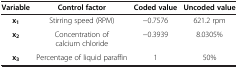
<table><thead><tr><td><b>Variable</b></td><td><b>Control factor</b></td><td><b>Coded value</b></td><td><b>Uncoded value</b></td></tr></thead><tbody><tr><td><b>x</b><sub><b>1</b></sub></td><td>Stirring speed (RPM)</td><td>−0.7576</td><td>621.2 rpm</td></tr><tr><td><b>x</b><sub><b>2</b></sub></td><td>Concentration of calcium chloride</td><td>−0.3939</td><td>8.0305%</td></tr><tr><td><b>x</b><sub><b>3</b></sub></td><td>Percentage of liquid paraffin</td><td>1</td><td>50%</td></tr></tbody></table>